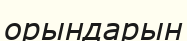
орындарын